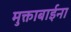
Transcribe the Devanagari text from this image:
मुक्ताबाईना